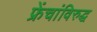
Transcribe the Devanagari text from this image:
फ्रेंचांविरुद्ध